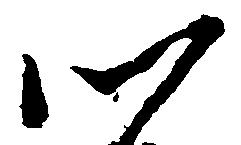
以